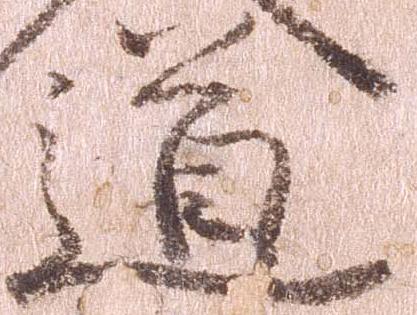
道